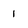
Character: 1